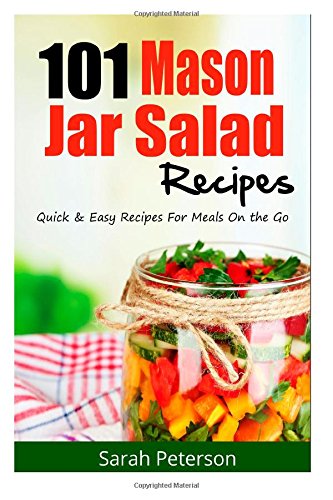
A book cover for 101 Mason Jar Salads Recieps: Quick and Easy Mason Jar Recipes for Meals on the Go; Kristina Newman; Cookbooks, Food & Wine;